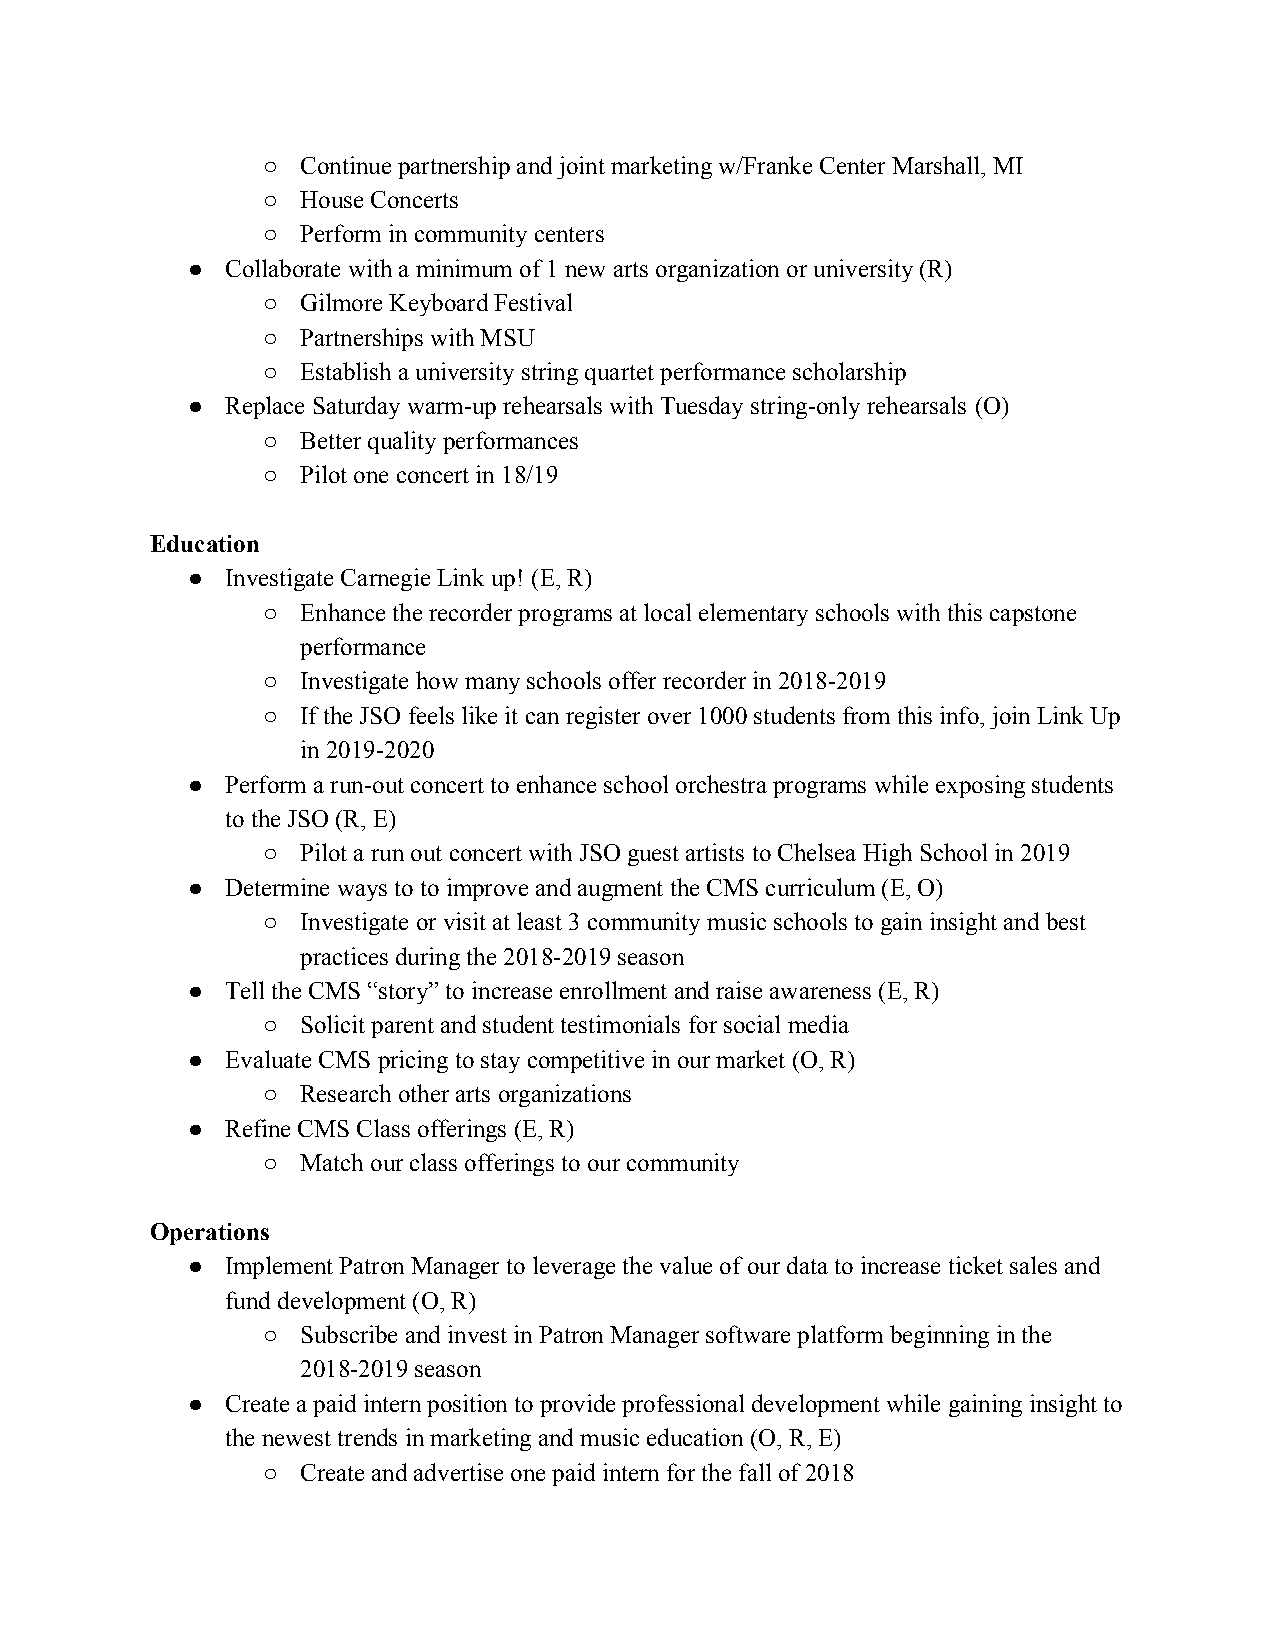
○  Continue partnership and joint marketing w/Franke Center Marshall, MI
 ○  House Concerts
 ○  Perform in community centers
 ●  Collaborate with a minimum of 1 new arts organization or university (R)
 ○  Gilmore Keyboard Festival
 ○  Partnerships with MSU
 ○  Establish a university string quartet performance scholarship
 ●  Replace Saturday warm-up rehearsals with Tuesday string-only rehearsals (O)
 ○  Better quality performances
 ○  Pilot one concert in 18/19
 Education
 ●  Investigate Carnegie Link up! (E, R)
 ○  Enhance the recorder programs at local elementary schools with this capstone
 performance
 ○  Investigate how many schools offer recorder in 2018-2019
 ○  If the JSO feels like it can register over 1000 students from this info, join Link Up
 in 2019-2020
 ●  Perform a run-out concert to enhance school orchestra programs while exposing students
 to the JSO (R, E)
 ○  Pilot a run out concert with JSO guest artists to Chelsea High School in 2019
 ●  Determine ways to to improve and augment the CMS curriculum (E, O)
 ○  Investigate or visit at least 3 community music schools to gain insight and best
 practices during the 2018-2019 season
 ●  Tell the CMS “story” to increase enrollment and raise awareness (E, R)
 ○  Solicit parent and student testimonials for social media
 ●  Evaluate CMS pricing to stay competitive in our market (O, R)
 ○  Research other arts organizations
 ●  Refine CMS Class offerings (E, R)
 ○  Match our class offerings to our community
 Operations
 ●  Implement Patron Manager to leverage the value of our data to increase ticket sales and
 fund development (O, R)
 ○  Subscribe and invest in Patron Manager software platform beginning in the
 2018-2019 season
 ●  Create a paid intern position to provide professional development while gaining insight to
 the newest trends in marketing and music education (O, R, E)
 ○  Create and advertise one paid intern for the fall of 2018